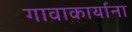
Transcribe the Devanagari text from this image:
गावाकार्याना